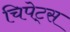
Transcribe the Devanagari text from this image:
चिपेट्स